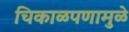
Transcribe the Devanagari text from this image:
चिकाळपणामुळे